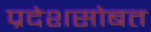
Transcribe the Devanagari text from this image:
प्रदेशसोबत